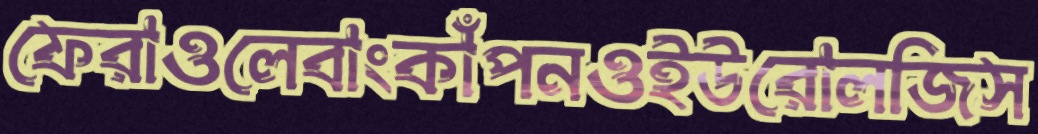
ফেরাওলেবাংকাঁপনওইউরোলজিস